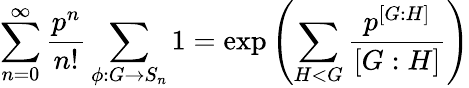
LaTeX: \sum_{n=0}^{\infty}\frac{p^{n}}{n!}\sum_{\phi:G\rightarrow S_{n}}1=\exp\left(\sum_{H<G}\frac{p^{\left[G:H\right]}}{\left[G:H\right]}\right)